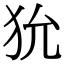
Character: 狁